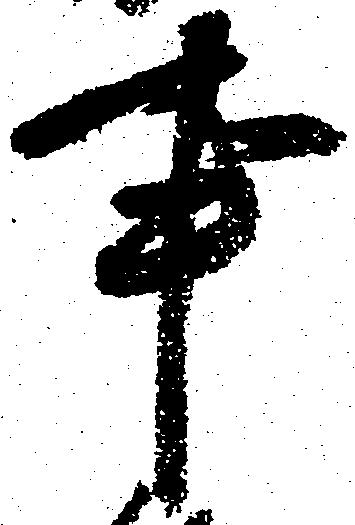
事